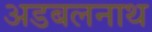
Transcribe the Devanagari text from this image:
अडबलनाथ